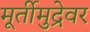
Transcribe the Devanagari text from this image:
मूर्तीमुद्रेवर